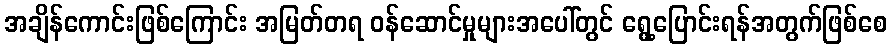
အချိန်ကောင်းဖြစ်ကြောင်း အမြတ်တရ ဝန်ဆောင်မှုများအပေါ်တွင် ရွေ့ပြောင်းရန်အတွက်ဖြစ်စေ